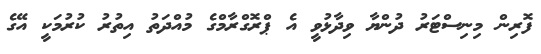
ފޮރިން މިނިސްޓަރު ދުންޔާ ވިދާޅުވީ އެ ޕްރޮގްރާމްގެ މުއްދަތު އިތުރު ކުރުމަކީ އޭގެ